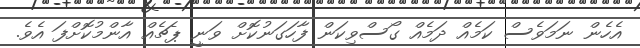
އެހެން ނަމަވެސް ކަމެއް ދަމެއް ގޯސްވިކަން ފާހަގަނުކޮށް ވަނީ ޕެޗެއް އާންމުކޮށްފަ އެވެ.